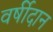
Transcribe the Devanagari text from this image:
वर्षीदान